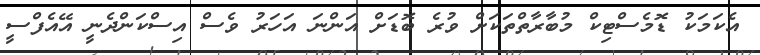
އެކަމަކު ޑޮމެސްޓިކް މުބާރާތްތަކަށް ވުރެ ބޮޑަށް އަންނަ އަހަރު ވެސް އިސްކަންދެނީ އޭއެފްސީ